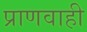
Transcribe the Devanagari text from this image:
प्राणवाही